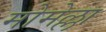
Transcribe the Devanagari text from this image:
मोमेल्ला